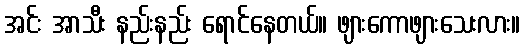
အင်း အာသီး နည်းနည်း ရောင်နေတယ်။ ဖျားကောဖျားသေးလား။